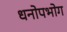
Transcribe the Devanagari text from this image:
धनोपभोग